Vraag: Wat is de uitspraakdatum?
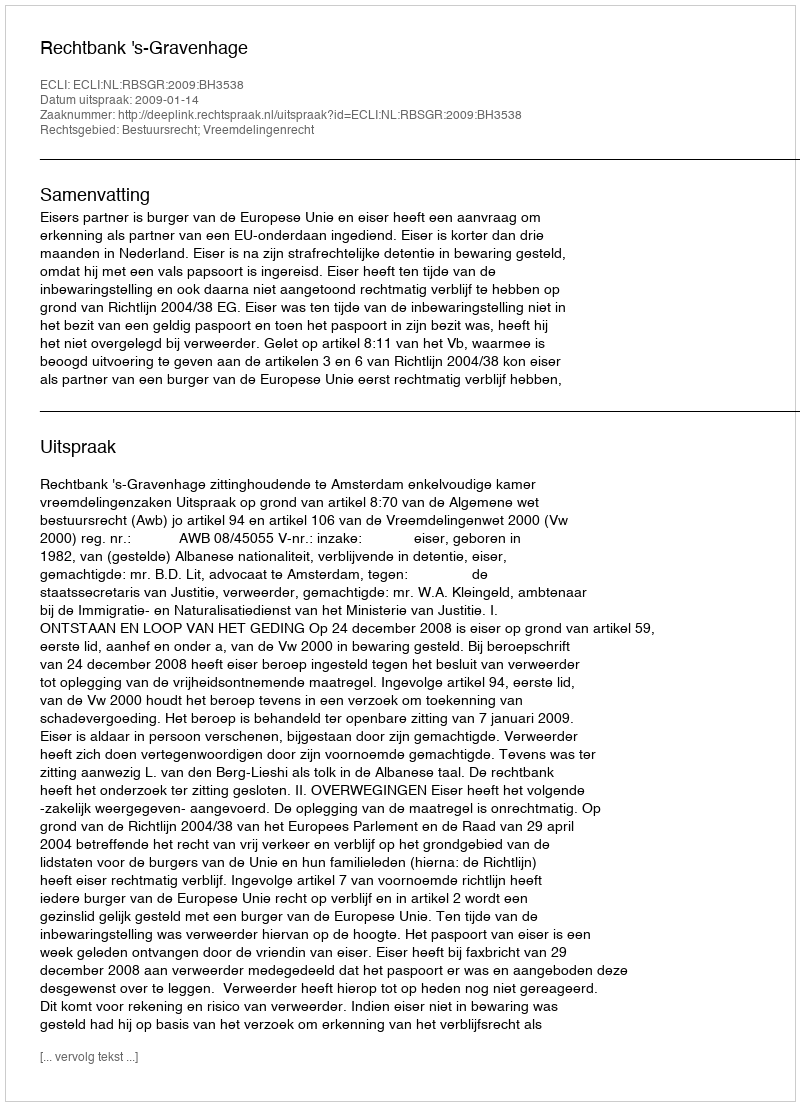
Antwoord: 2009-01-14